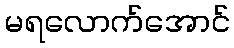
မရလောက်အောင်